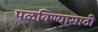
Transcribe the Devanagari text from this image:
पळविण्यासाठी